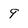
Character: 9